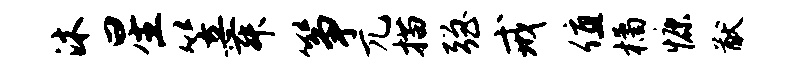
沐星笠舞筝兀描强戒值橘慷猷